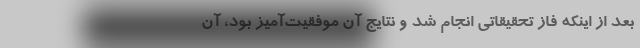
‌بعد از اینکه فاز تحقیقاتی انجام شد و نتایج آن موفقیت‌آمیز بود، آن